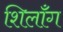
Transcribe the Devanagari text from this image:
शिलॉँग